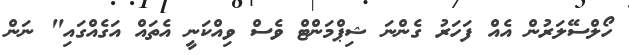
ހޯލްސޭލަރުން އެއް ފަހަރު ގެންނަ ޝިޕްމަންޓް ވެސް ވިއްކަނީ އެތައް އަގެއްގައި" ނަން